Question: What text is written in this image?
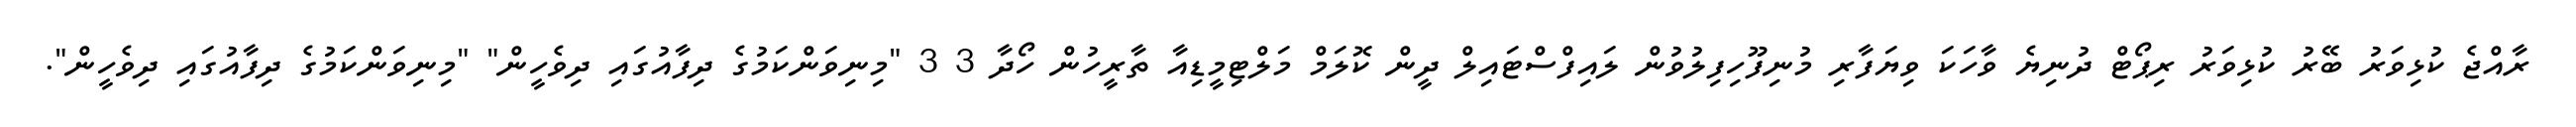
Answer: ރާއްޖެ ކުޅިވަރު ބޭރު ކުޅިވަރު ރިޕޯޓް ދުނިޔެ ވާހަކަ ވިޔަފާރި މުނިފޫހިފިލުވުން ލައިފްސްޓައިލް ދީން ކޮލަމް މަލްޓިމީޑިއާ ތާރީހުން ހޯދާ 3 3 "މިނިވަންކަމުގެ ދިފާއުގައި ދިވެހީން" "މިނިވަންކަމުގެ ދިފާއުގައި ދިވެހީން".